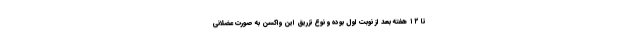
تا ۱۲ هفته بعد از نوبت اول بوده و نوع تزریق این واکسن به صورت عضلانی